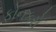
ફોનકરો